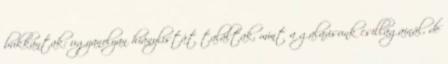
bukkantak: ugyanolyan hiánylistát találtak, mint a galaxisunk csillagainál, de